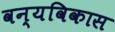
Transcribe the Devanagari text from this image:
वन्यविकास